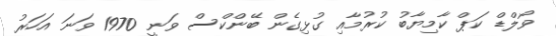
ވޯލްޑް ކަޕް ކާމިޔާބު ކުރުމާއި ގުޅިގެން ބޭންކްސް ވަނީ 1970 ވަނަ އަހަރު